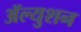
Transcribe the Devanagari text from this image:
ॲल्युशन